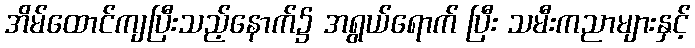
အိမ်ထောင်ကျပြီးသည့်နောက်၌ အရွယ်ရောက် ပြီး သမီးကညာများနှင့်